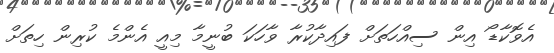
އެވޮކާޑޯ އިން ސިއްހަތަށް ފައިދާކުރާ ވާހަކަ ބުނީމާ މިއީ އެންމެ ކުރިން ހިތަށް